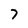
Character: 7